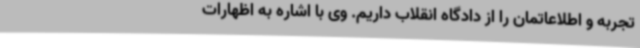
تجربه و اطلاعاتمان را از دادگاه انقلاب داریم. وی با اشاره به اظهارات